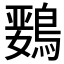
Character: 𲍣